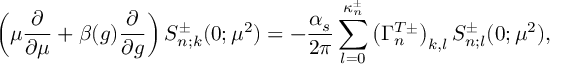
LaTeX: \left( \mu \frac { \partial } { \partial \mu } + \beta ( g ) \frac { \partial } { \partial g } \right) S _ { n ; k } ^ { \pm } ( 0 ; \mu ^ { 2 } ) = - \frac { \alpha _ { s } } { 2 \pi } \sum _ { l = 0 } ^ { \kappa _ { n } ^ { \pm } } \left( \Gamma _ { n } ^ { T \pm } \right) _ { k , l } S _ { n ; l } ^ { \pm } ( 0 ; \mu ^ { 2 } ) ,